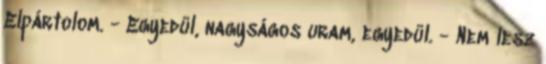
Elpártolom. - Egyedül, nagyságos uram, egyedül. - Nem lesz